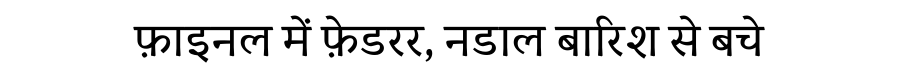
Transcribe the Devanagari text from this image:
फ़ाइनल में फ़ेडरर, नडाल बारिश से बचे